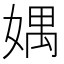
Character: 媀